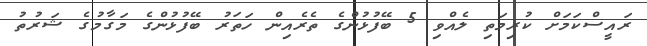
ރައީސްކަމަށް ކުރިމަތި ލެއްވި 5 ބޭފުޅުންގެ ތެރެއިން ހަތަރު ބޭފުޅުންގެ މަގާމުގެ ޝަރުތު